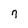
Character: 7